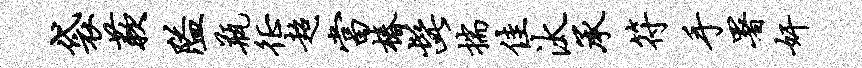
袋蔌隘瓶徵超当椿髭揣佳汰承符手署奸